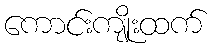
ကောင်းကျိုးထက်